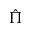
\hat { \Pi }